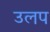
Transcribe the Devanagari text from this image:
उलप